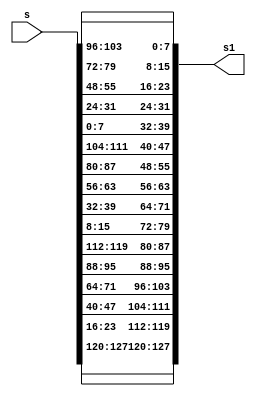
module InvShiftRows(s,s1);
  input wire [127:0] s;
  output wire [127:0] s1;
  assign s1[127:120] = s[127:120];
  assign s1[95:88] = s[95:88];
  assign s1[63:56] = s[63:56];
  assign s1[31:24] = s[31:24];
  
  assign s1[119:112] = s[23:16];
  assign s1[87:80] = s[119:112];
  assign s1[55:48] = s[87:80];
  assign s1[23:16] = s[55:48];
  
  assign s1[111:104] = s[47:40];
  assign s1[79:72] = s[15:8];
  assign s1[47:40] = s[111:104];
  assign s1[15:8] = s[79:72];
  
  assign s1[103:96] = s[71:64];
  assign s1[71:64] = s[39:32];
  assign s1[39:32] = s[7:0];
  assign s1[7:0] = s[103:96];
  
endmodule